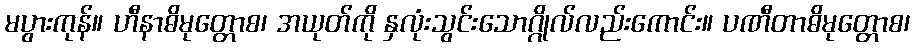
မပွားကုန်။ ဟီနာဓိမုတ္တောစ၊ အယုတ်ကို နှလုံးသွင်းသောဂ္ဂိုလ်လည်းကောင်း။ ပဏီတာဓိမုတ္တောစ၊